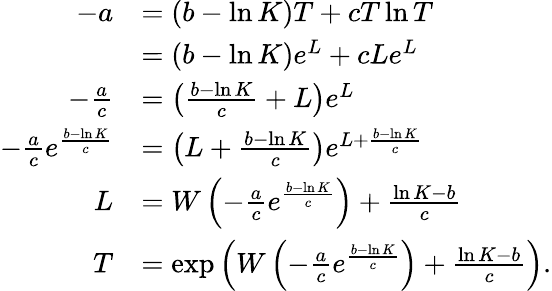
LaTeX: {\begin{array}{rl}{-a}&{=(b-\ln K)T+cT\ln T}\\ &{=(b-\ln K)e^{L}+cLe^{L}}\\ {-{\frac{a}{c}}}&{=\left({\frac{b-\ln K}{c}}+L\right)e^{L}}\\ {-{\frac{a}{c}}e^{\frac{b-\ln K}{c}}}&{=\left(L+{\frac{b-\ln K}{c}}\right)e^{L+{\frac{b-\ln K}{c}}}}\\ {L}&{=W\left(-{\frac{a}{c}}e^{\frac{b-\ln K}{c}}\right)+{\frac{\ln K-b}{c}}}\\ {T}&{=\exp\left(W\left(-{\frac{a}{c}}e^{\frac{b-\ln K}{c}}\right)+{\frac{\ln K-b}{c}}\right).}\end{array}}